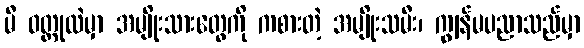
မီ ဝတ္ထုထဲမှာ အမျိုးသားတွေကို ကစားတဲ့ အမျိုးသမီး၊ ကျွန်မပညာသည်မှာ